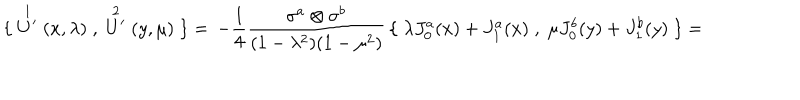
\{ \; \stackrel { 1 } { U ^ { \prime } } ( x , \lambda ) \; , \; \stackrel { 2 } { U ^ { \prime } } ( y , \mu ) \; \} = \, - \frac { 1 } { 4 } \frac { \sigma ^ { a } \otimes \sigma ^ { b } } { ( 1 - \lambda ^ { 2 } ) ( 1 - \mu ^ { 2 } ) } \, \{ \; \lambda J _ { 0 } ^ { a } ( x ) + J _ { 1 } ^ { a } ( x ) \; , \; \mu J _ { 0 } ^ { b } ( y ) + J _ { 1 } ^ { b } ( y ) \; \} =